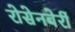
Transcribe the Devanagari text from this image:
रोसेनबेर्री